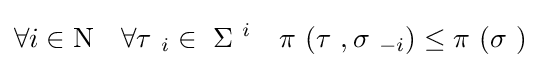
\forall i\in \mathrm {N} \quad \forall \tau \ _{i}\in \ \Sigma \ ^{i}\quad \pi \ (\tau \ ,\sigma \ _{-i})\leq \pi \ (\sigma \ )